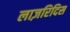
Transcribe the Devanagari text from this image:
लाज़रिदिस